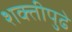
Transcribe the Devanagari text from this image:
शक्तीपुढे